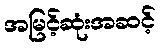
အမြင့်ဆုံးအဆင့်